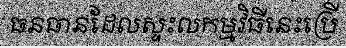
ធនធានដែលស្ទះលកម្មវិធីនេះប្រើ